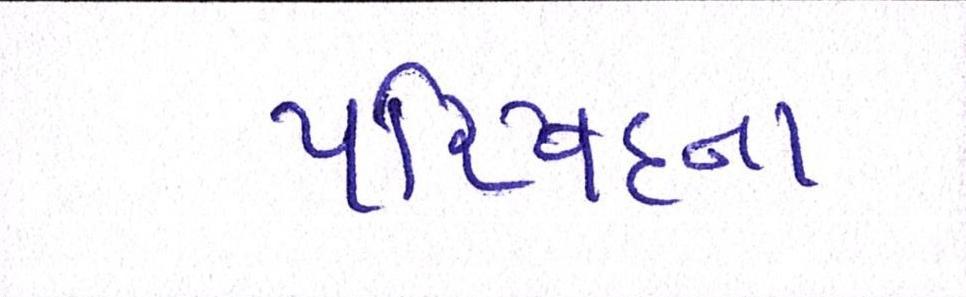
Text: પરિષદના